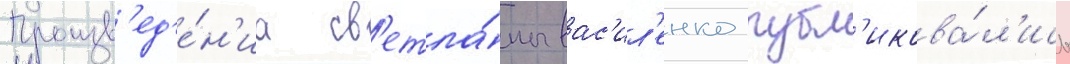
Произв'ед'е́н'иа св'етла́ны вас'ил'енко публ'икова́л'ись